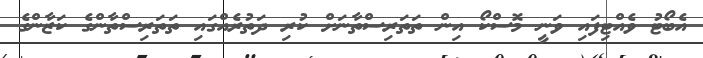
އެބޯޓު ވެއްޓިފައި ވަނީ މޮސްކޯ އިން ތަތަރިސްތާނަށް ކުރި ދަތުރެއްގައި ތަތަރިސްތާންގެ ކަޒާންގެ